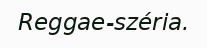
Reggae-széria.